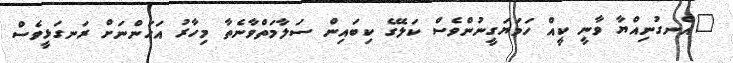
"އެނގުނިއްޔާ ވާނީ ކީއް ހަމަޔަގީނުންވެސް ކަލޭގެ ކިބައިން ސަލާމަތްވާނެތާ މިހާރު އަހަންނަށް ރަނގަޅީވެސް